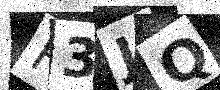
Text: R3JQ